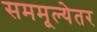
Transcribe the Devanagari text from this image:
सममूल्येतर